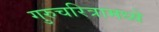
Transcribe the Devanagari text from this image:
गुरुचरित्रामध्ये